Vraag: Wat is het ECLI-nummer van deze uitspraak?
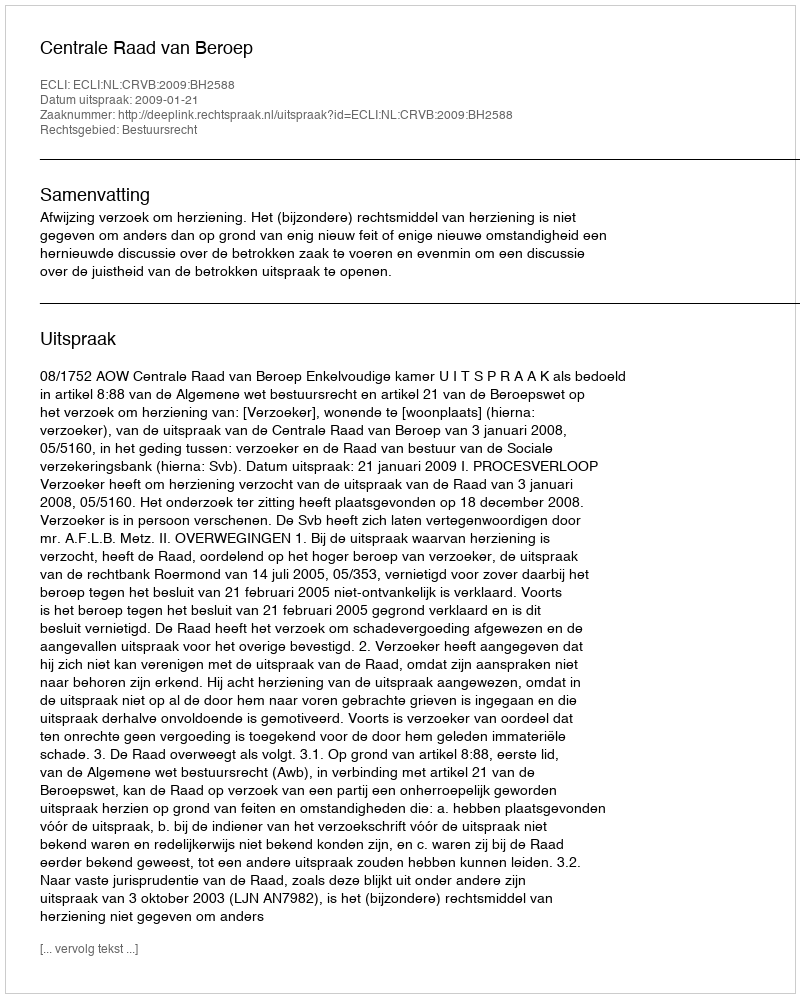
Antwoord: ECLI:NL:CRVB:2009:BH2588